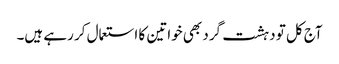
آج کل تو دہشت گرد بھی خواتین کا استعمال کر رہے ہیں۔